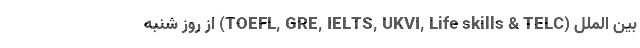
بین الملل (TOEFL, GRE, IELTS, UKVI, Life skills & TELC) از روز شنبه